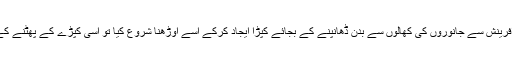
یوں جب پارچہ بافی وجود میں آئی اور انسان نے ستر چھپانے کے لئے ابتدائے آفرینش سے جانوروں کی کھالوں سے بدن ڈھانپنے کے بجائے کپڑا ایجاد کرکے اسے اوڑھنا شروع کیا تو اسی کپڑے کے پھٹنے کے بعد اسے ضائع ہونے سے بچانے کے لئے رفو گری کا فن بھی ایجاد ہوا ہوگا۔